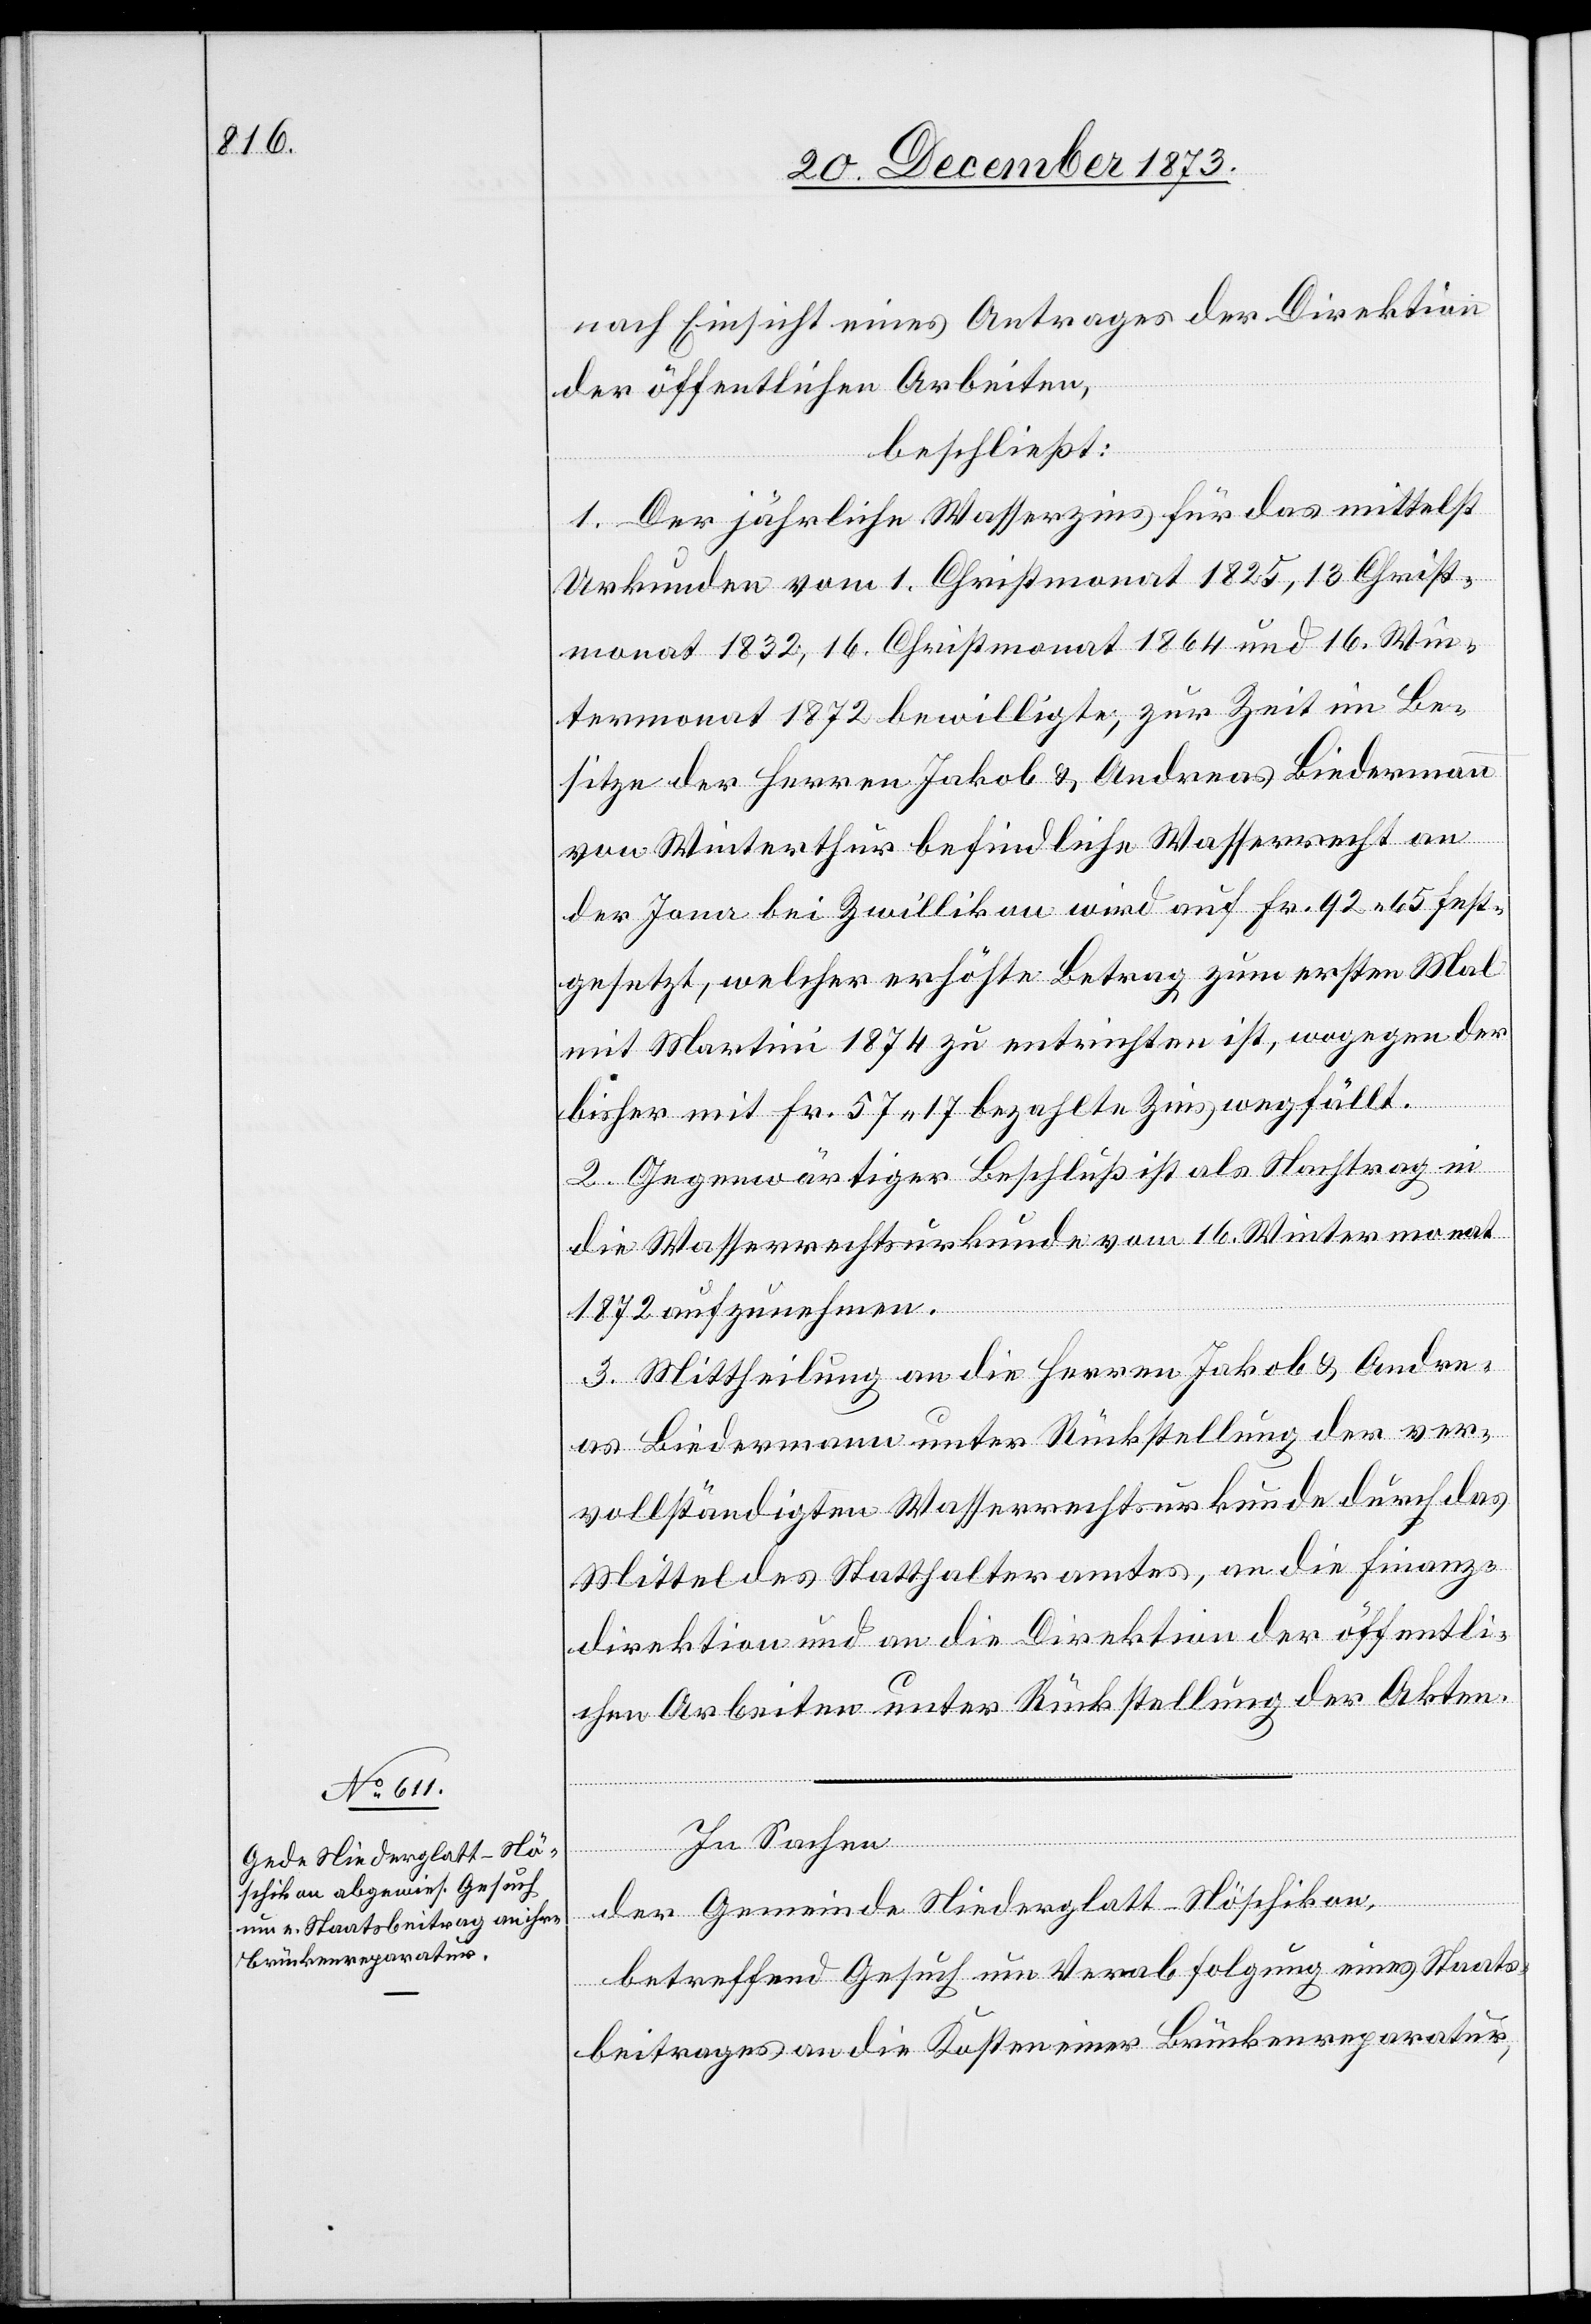
nach Einsicht eines Antrages der Direktion
der öffentlichen Arbeiten,
beschließt:
1. Der jährliche Wasserzins für das mittelst
Urkunden vom 1. Christmonat 1825, 13. Christ¬
monat 1832, 16. Christmonat 1864 und 16. Win¬
termonat 1872 bewilligte, zur Zeit im Be¬
sitze der Herren Jakob & Andreas Biedermann
von Winterthur befindliche Wasserrecht an
der Jona bei Zwillikon wird auf Fr. 92 65 fest¬
gesetzt, welcher erhöhte Betrag zum ersten Mal
mit Martini 1874 zu entrichten ist, wogegen der
bisher mit Fr. 57 17 bezahlte Zins wegfällt.
2. Gegenwärtiger Beschluß ist als Nachtrag in
die Wasserrechtsurkunde vom 16. Wintermonat
1872 aufzunehmen.
3. Mittheilung an die Herren Jakob & Andre¬
as Biedermann unter Rückstellung der ver¬
vollständigten Wasserrechtsurkunde durch das
Mittel des Statthalteramtes, an die Finanz¬
direktion und an die Direktion der öffentli¬
chen Arbeiten unter Rückstellung der Akten.
In Sachen
der Gemeinde Niederglatt-Nöschikon,
betreffend Gesuch um Verabfolgung eines Staats¬
beitrages an die Kosten einer Brückenreparatur,